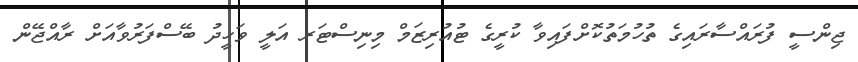
ޖިންސީ ފުރައްސާރައިގެ ތުހުމަތުކޮށްފައިވާ ކުރީގެ ޓުއުރިޒަމް މިނިސްޓަރ އަލީ ވަހީދު ބޭސްފަރުވާއަށް ރާއްޖޭން